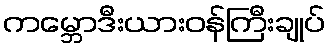
ကမ္ဘောဒီးယားဝန်ကြီးချုပ်